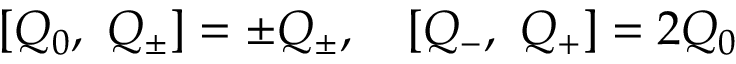
[ Q _ { 0 } , \ Q _ { \pm } ] = \pm Q _ { \pm } , \quad [ Q _ { - } , \ Q _ { + } ] = 2 Q _ { 0 }